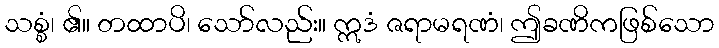
သစ္စံ၊ ၏။ တထာပိ၊ သော်လည်း။ ဣဒံ ဇရာမရဏံ၊ ဤခဏိကဖြစ်သော